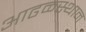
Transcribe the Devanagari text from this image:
आढळस्थान